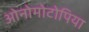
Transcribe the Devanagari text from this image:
ओनोमोटोपिया